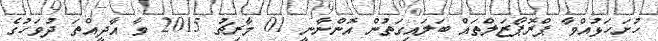
ހުށަހަޅުއްވާ ޕްރޮޕޯޒަލްތައް ބަލައިގަތުން އޮންނާނީ 01 މާރިޗު 2015 ވާ އާދީއްތަ ދުވަހުގެ